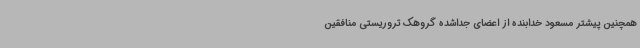
همچنین پیشتر مسعود خدابنده از اعضای جداشده گروهک تروریستی منافقین